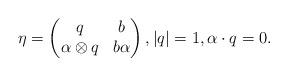
LaTeX: \begin{align*}\eta=\begin{pmatrix} q & b\\\alpha\otimes q & b\alpha\end{pmatrix},|q|=1,\alpha\cdot q=0.\end{align*}